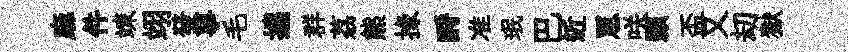
麻件竦翊發事毛攜群荔熊掾酹准珉巴近罳咲顥盃又刧獄